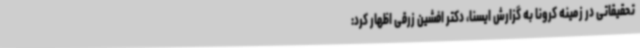
تحقیقاتی در زمینه کرونا به گزارش ایسنا، دکتر افشین زرقی اظهار کرد: